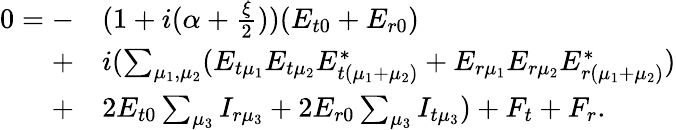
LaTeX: \begin{array}{rl}{0=-}&{(1+i(\alpha+\frac{\xi}{2}))(E_{t0}+E_{r0})}\\ {+}&{i(\sum_{\mu_{1},\mu_{2}}(E_{t\mu_{1}}E_{t\mu_{2}}E_{t(\mu_{1}+\mu_{2})}^{*}+E_{r\mu_{1}}E_{r\mu_{2}}E_{r(\mu_{1}+\mu_{2})}^{*})}\\ {+}&{2E_{t0}\sum_{\mu_{3}}I_{r\mu_{3}}+2E_{r0}\sum_{\mu_{3}}I_{t\mu_{3}})+F_{t}+F_{r}.}\end{array}